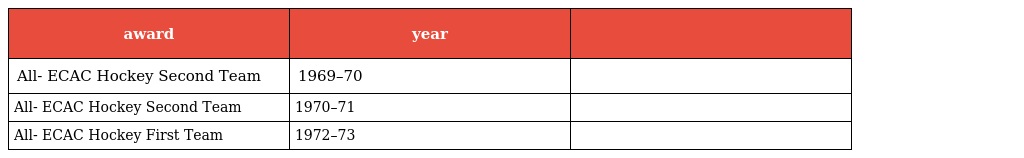
| award | year |  |
 | --- | --- | --- |
 | All- ECAC Hockey Second Team | 1969–70 |  |
 | All- ECAC Hockey Second Team | 1970–71 |  |
 | All- ECAC Hockey First Team | 1972–73 |  |